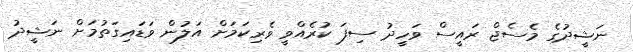
ނަޝީދުގެ މެސެޖް ރައީސް ވަހީދު ސިފަ ކުރެއްވީ ވެރިކަމަށް އަލުން ވަޑައިގަތުމަށް ނަޝީދު